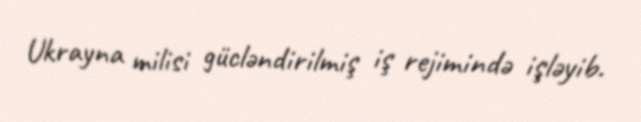
Ukrayna milisi gücləndirilmiş iş rejimində işləyib.